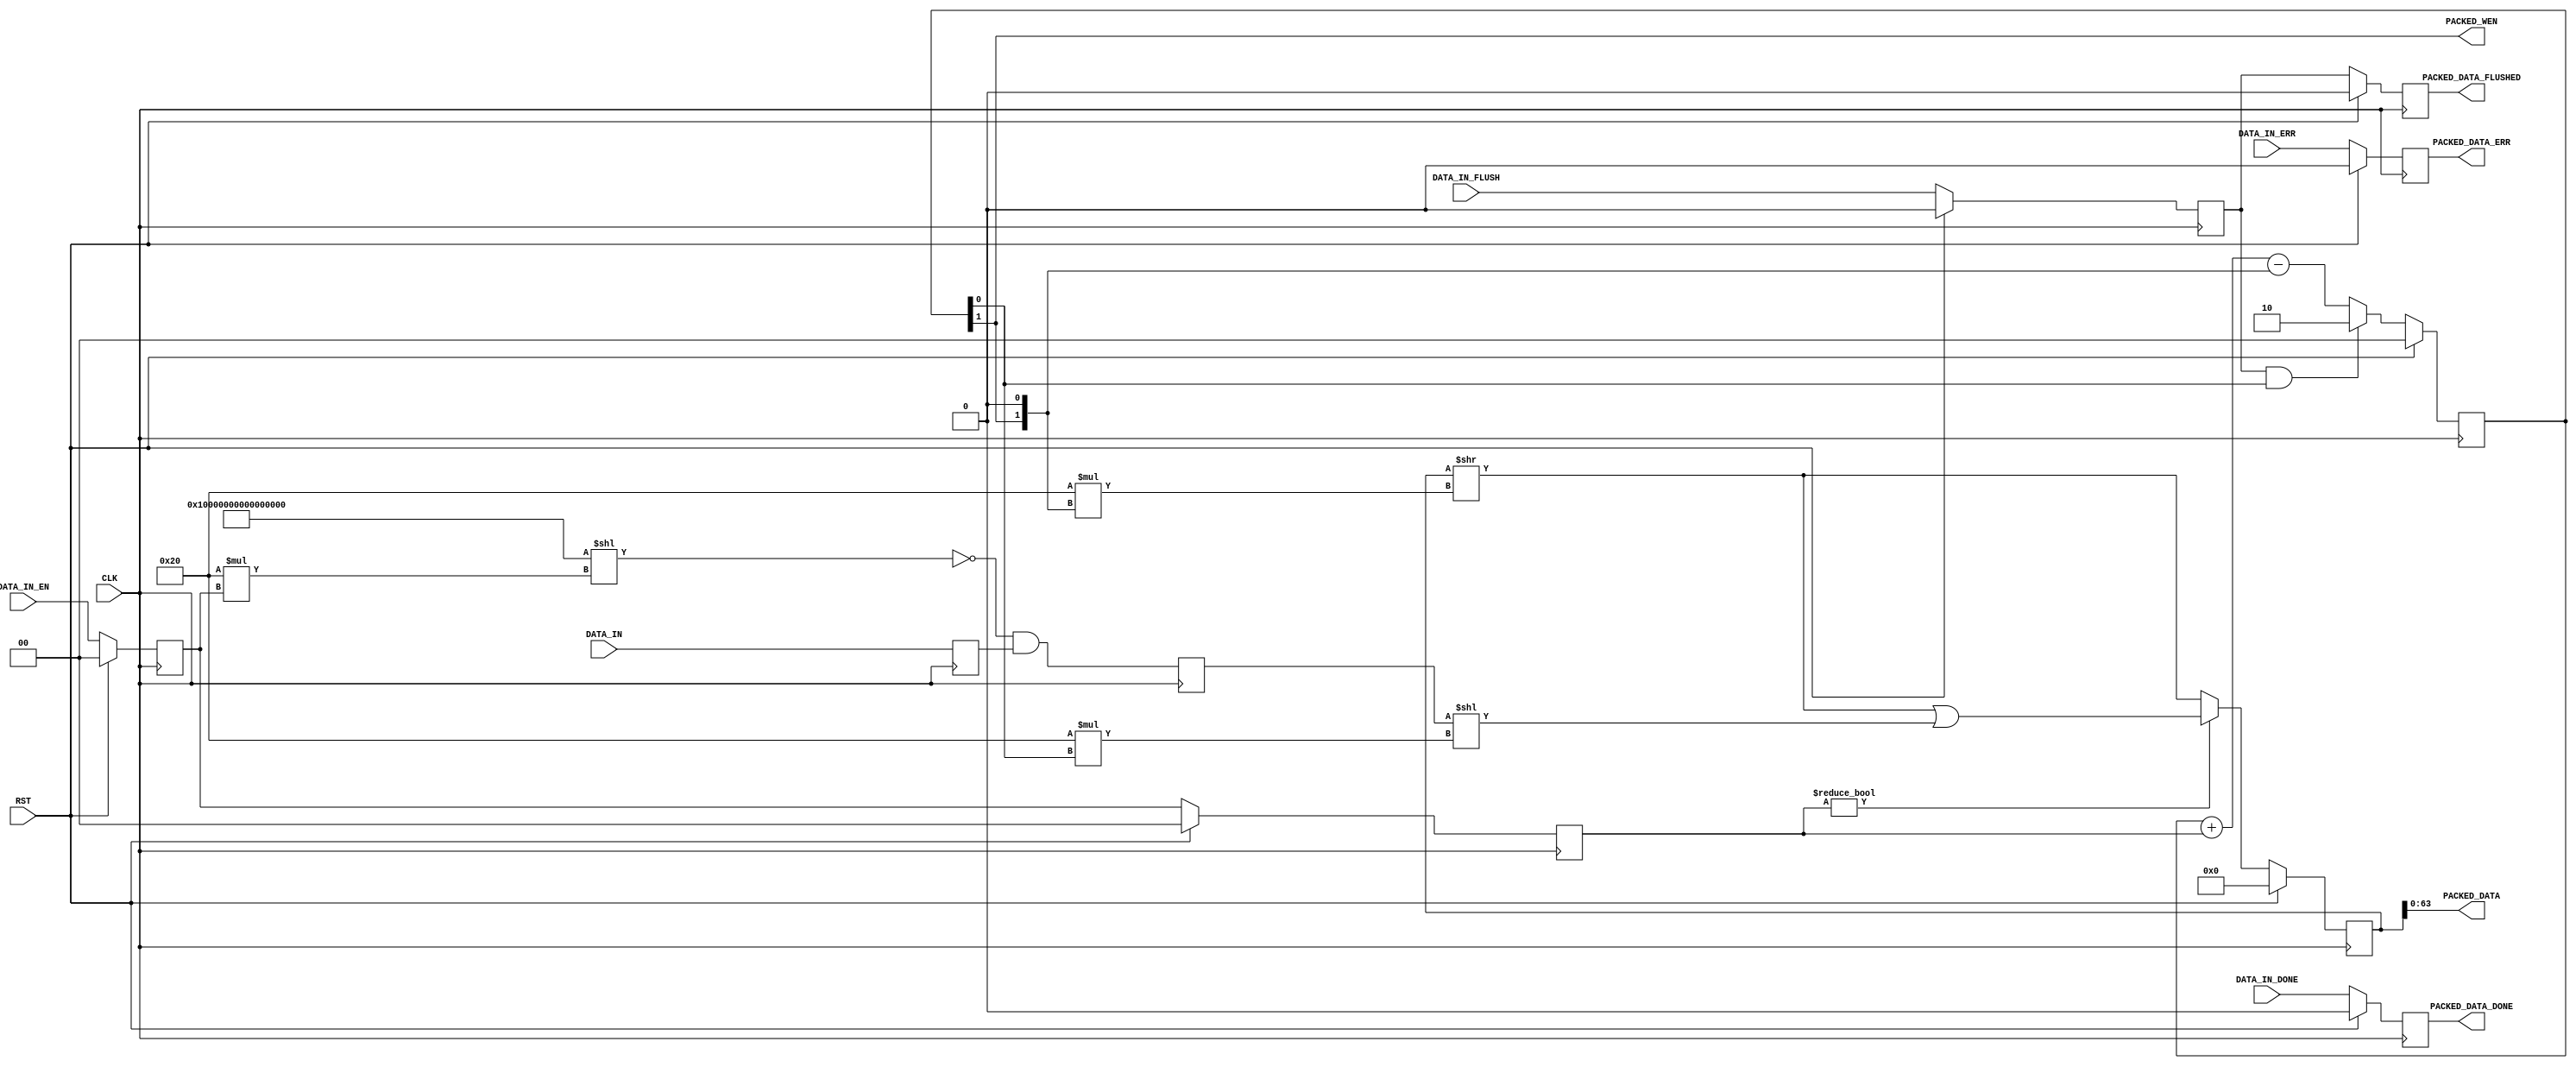
`timescale 1ns/1ns
//----------------------------------------------------------------------------
// This software is Copyright  2012 The Regents of the University of 
// California. All Rights Reserved.
//
// Permission to copy, modify, and distribute this software and its 
// documentation for educational, research and non-profit purposes, without 
// fee, and without a written agreement is hereby granted, provided that the 
// above copyright notice, this paragraph and the following three paragraphs 
// appear in all copies.
//
// Permission to make commercial use of this software may be obtained by 
// contacting:
// Technology Transfer Office
// 9500 Gilman Drive, Mail Code 0910
// University of California
// La Jolla, CA 92093-0910
// (858) 534-5815
// invent@ucsd.edu
// 
// This software program and documentation are copyrighted by The Regents of 
// the University of California. The software program and documentation are 
// supplied "as is", without any accompanying services from The Regents. The 
// Regents does not warrant that the operation of the program will be 
// uninterrupted or error-free. The end-user understands that the program was 
// developed for research purposes and is advised not to rely exclusively on 
// the program for any reason.
// 
// IN NO EVENT SHALL THE UNIVERSITY OF CALIFORNIA BE LIABLE TO
// ANY PARTY FOR DIRECT, INDIRECT, SPECIAL, INCIDENTAL, OR
// CONSEQUENTIAL DAMAGES, INCLUDING LOST PROFITS, ARISING
// OUT OF THE USE OF THIS SOFTWARE AND ITS DOCUMENTATION,
// EVEN IF THE UNIVERSITY OF CALIFORNIA HAS BEEN ADVISED OF
// THE POSSIBILITY OF SUCH DAMAGE. THE UNIVERSITY OF
// CALIFORNIA SPECIFICALLY DISCLAIMS ANY WARRANTIES,
// INCLUDING, BUT NOT LIMITED TO, THE IMPLIED WARRANTIES OF
// MERCHANTABILITY AND FITNESS FOR A PARTICULAR PURPOSE.
// THE SOFTWARE PROVIDED HEREUNDER IS ON AN "AS IS" BASIS, 
// AND THE UNIVERSITY OF CALIFORNIA HAS NO OBLIGATIONS TO
// PROVIDE MAINTENANCE, SUPPORT, UPDATES, ENHANCEMENTS, OR
// MODIFICATIONS.
//----------------------------------------------------------------------------
//----------------------------------------------------------------------------
// Version:				1.00.a
// Verilog Standard:	Verilog-2001
// Description:			Packs 32 or 64 bit received data into a 64 bit wide FIFO. 
// Assumes the FIFO always has room to accommodate the data.
// History:				@mattj: Version 2.0
// Additional Comments: 
//-----------------------------------------------------------------------------

module fifo_packer_64 (
	input CLK,
	input RST,
	input [63:0] DATA_IN,		// Incoming data
	input [1:0] DATA_IN_EN,		// Incoming data enable
	input DATA_IN_DONE,			// Incoming data packet end
	input DATA_IN_ERR,			// Incoming data error
	input DATA_IN_FLUSH,		// End of incoming data
	output [63:0] PACKED_DATA,	// Outgoing data
	output PACKED_WEN,			// Outgoing data write enable
	output PACKED_DATA_DONE,	// End of outgoing data packet
	output PACKED_DATA_ERR,		// Error in outgoing data
	output PACKED_DATA_FLUSHED	// End of outgoing data
);

reg		[1:0]		rPackedCount=0, _rPackedCount=0;
reg					rPackedDone=0, _rPackedDone=0;
reg					rPackedErr=0, _rPackedErr=0;
reg					rPackedFlush=0, _rPackedFlush=0;
reg					rPackedFlushed=0, _rPackedFlushed=0;
reg		[95:0]		rPackedData=96'd0, _rPackedData=96'd0;
reg		[63:0]		rDataIn=64'd0, _rDataIn=64'd0;
reg		[1:0]		rDataInEn=0, _rDataInEn=0;
reg		[63:0]		rDataMasked=64'd0, _rDataMasked=64'd0;
reg		[1:0]		rDataMaskedEn=0, _rDataMaskedEn=0;


assign PACKED_DATA = rPackedData[63:0];
assign PACKED_WEN = rPackedCount[1];
assign PACKED_DATA_DONE = rPackedDone;
assign PACKED_DATA_ERR = rPackedErr;
assign PACKED_DATA_FLUSHED = rPackedFlushed;


// Buffers input data until 2 words are available, then writes 2 words out.
wire [63:0] wMask = {64{1'b1}}<<(32*rDataInEn);
wire [63:0]	wDataMasked = ~wMask & rDataIn;
always @ (posedge CLK) begin
	rPackedCount <= #1 (RST ? 2'd0 : _rPackedCount);
	rPackedDone <= #1 (RST ? 1'd0 : _rPackedDone);
	rPackedErr <= #1 (RST ? 1'd0 : _rPackedErr);
	rPackedFlush <= #1 (RST ? 1'd0 : _rPackedFlush);
	rPackedFlushed <= #1 (RST ? 1'd0 : _rPackedFlushed);
	rPackedData <= #1 (RST ? 96'd0 : _rPackedData);
	rDataIn <= #1 _rDataIn;
	rDataInEn <= #1 (RST ? 2'd0 : _rDataInEn);
	rDataMasked <= #1 _rDataMasked;
	rDataMaskedEn <= #1 (RST ? 2'd0 : _rDataMaskedEn);
end

always @ (*) begin
	// Buffer and mask the input data.
	_rDataIn = DATA_IN;
	_rDataInEn = DATA_IN_EN;
	_rDataMasked = wDataMasked;
	_rDataMaskedEn = rDataInEn;

	// Count what's in our buffer. When we reach 2 words, 2 words will be written
	// out. If flush is requested, write out whatever remains.
	if (rPackedFlush && rPackedCount[0])
		_rPackedCount = 2;
	else
		_rPackedCount = rPackedCount + rDataMaskedEn - {rPackedCount[1], 1'd0};
	
	// Shift data into and out of our buffer as we receive and write out data.
	if (rDataMaskedEn != 2'd0)
		_rPackedData = ((rPackedData>>(32*{rPackedCount[1], 1'd0})) | (rDataMasked<<(32*rPackedCount[0])));
	else
		_rPackedData = (rPackedData>>(32*{rPackedCount[1], 1'd0}));

	// Track done/error/flush signals.
	_rPackedDone = DATA_IN_DONE;
	_rPackedErr = DATA_IN_ERR;
	_rPackedFlush = DATA_IN_FLUSH;
	_rPackedFlushed = rPackedFlush;
end



endmodule